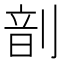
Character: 𫦊